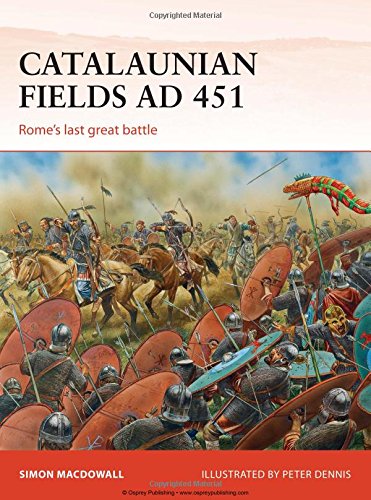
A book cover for Catalaunian Fields AD 451: Rome's last great battle (Campaign); Simon MacDowall; History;